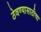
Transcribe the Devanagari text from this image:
ठेवण्यासाठीचा